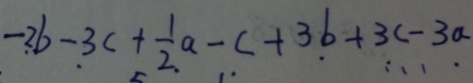
- 2 b + 3 c + \frac { 1 } { 2 } a - c + 3 b + 3 c - 3 a